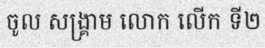
ចូល សង្គ្រាម លោក លើក ទី២